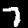
Label: 7